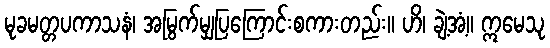
မုခမတ္တပကာသနံ၊ အမြွက်မျှပြကြောင်းစကားတည်း။ ဟိ၊ ချဲ့အံ့။ ဣမေသု